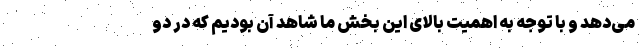
می‌دهد و با توجه به اهمیت بالای این بخش ما شاهد آن بودیم که در دو